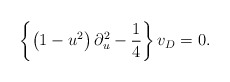
\begin{align*}\left\{\left(1-u^2\right)\partial_u^2-\frac{1}{4}\right\}v_D=0.\end{align*}